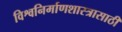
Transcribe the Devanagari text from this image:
विश्वनिर्माणशास्त्रासाठी